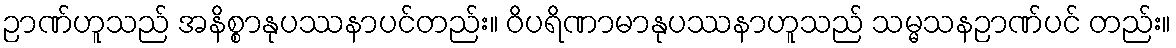
ဉာဏ်ဟူသည် အနိစ္စာနုပဿနာပင်တည်း။ ဝိပရိဏာမာနုပဿနာဟူသည် သမ္မသနဉာဏ်ပင် တည်း။